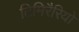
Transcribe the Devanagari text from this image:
टिमिरैरियो